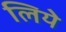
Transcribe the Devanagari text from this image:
लियेे